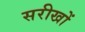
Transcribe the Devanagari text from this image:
सरीखों